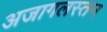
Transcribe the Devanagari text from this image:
अजागलस्तन